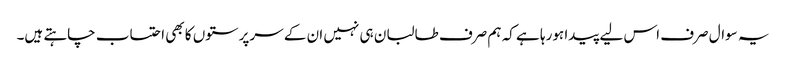
یہ سوال صرف اس لیے پیدا ہورہا ہے کہ ہم صرف طالبان ہی نہیں ان کے سرپرستوں کا بھی احتساب چاہتے ہیں۔